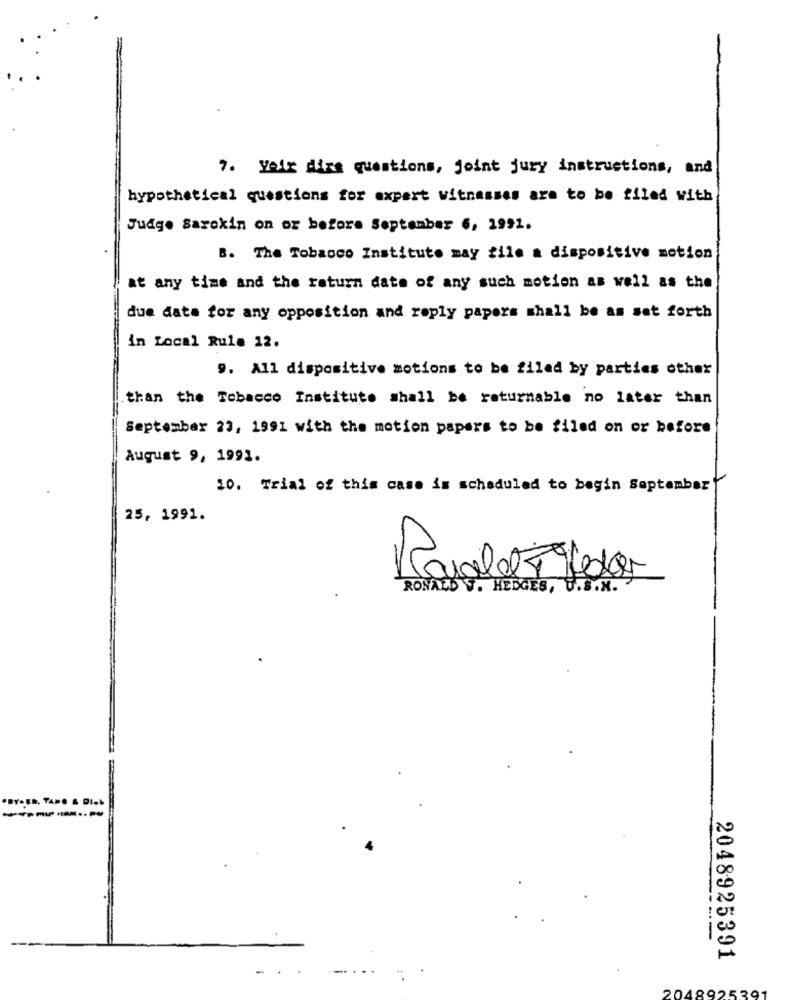
7. Velg dirs questions, joint jury instructions, and
hypothetical questions for expert witnesses are to be filed with
Judge Sarokin on or before September 6, 1991.
B. The Tobacco Institute may file a dispositive motion
at any time and the return date of any such motion as well as the
due date for any opposition and reply papers shall be as set forth
in Local Rule 12.
9. All dispositive motions to be filed by parties other
than the Tobacco Institute shall be returnable no later than
September 23, 1991 with the motion papers to be filed on or before
August 9, 1991.
10. Trial of this case is scheduled to begin September
25, 1991.
Paralelt Med
RONALD . HEDGES, U.S.N.
.. TAPO & DISK
-
2048925391
2048925391